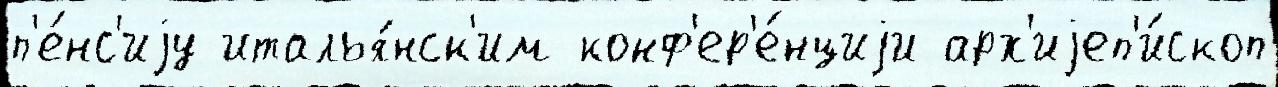
п'е́нс'иjу италья́нск'им конф'ер'е́нциjи арх'иjеп'и́скоп